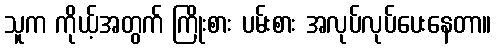
သူက ကိုယ့်အတွက် ကြိုးစား ပမ်းစား အလုပ်လုပ်ပေးနေတာ။